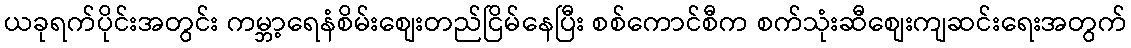
ယခုရက်ပိုင်းအတွင်း ကမ္ဘာ့ရေနံစိမ်းစျေးတည်ငြိမ်နေပြီး စစ်ကောင်စီက စက်သုံးဆီစျေးကျဆင်းရေးအတွက်